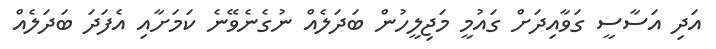
އަދި އަސާސީ ގަވާއިދަށް ގައުމީ މަޖިލީހުން ބަދަލެއް ނުގެނެވޭނެ ކަމަށާއި އެފަދަ ބަދަލެއް